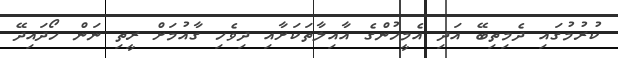
ކުރުމުގައި ދެމިތިބޭ އަދި އެމީހުންގެ އާއިލާތަކަށާއި ދިވެހި ގާއުމަށް ރީތި ނަން ހޯދައިދޭ